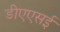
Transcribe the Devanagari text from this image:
डीएएसई